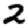
Digit: 2